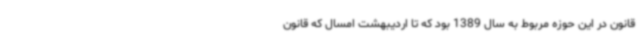
قانون در این حوزه مربوط به سال 1389 بود که تا اردیبهشت امسال که قانون